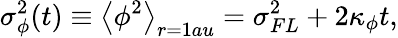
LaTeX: \sigma_{\phi}^{2}(t)\equiv\left<\phi^{2}\right>_{r=1au}=\sigma_{FL}^{2}+2\kappa_{\phi}t,